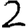
Digit: 2